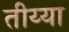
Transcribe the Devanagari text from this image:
तीय्या